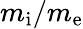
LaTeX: m_{\mathrm{i}}/m_{\mathrm{e}}